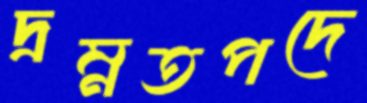
দ্রম্নতপদে